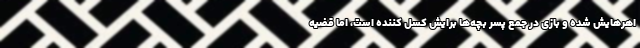
اهرهایش شده و بازی در جمع پسر بچه‌ها برایش کسل کننده است، اما قضیه